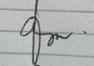
Signature authenticity: genuine